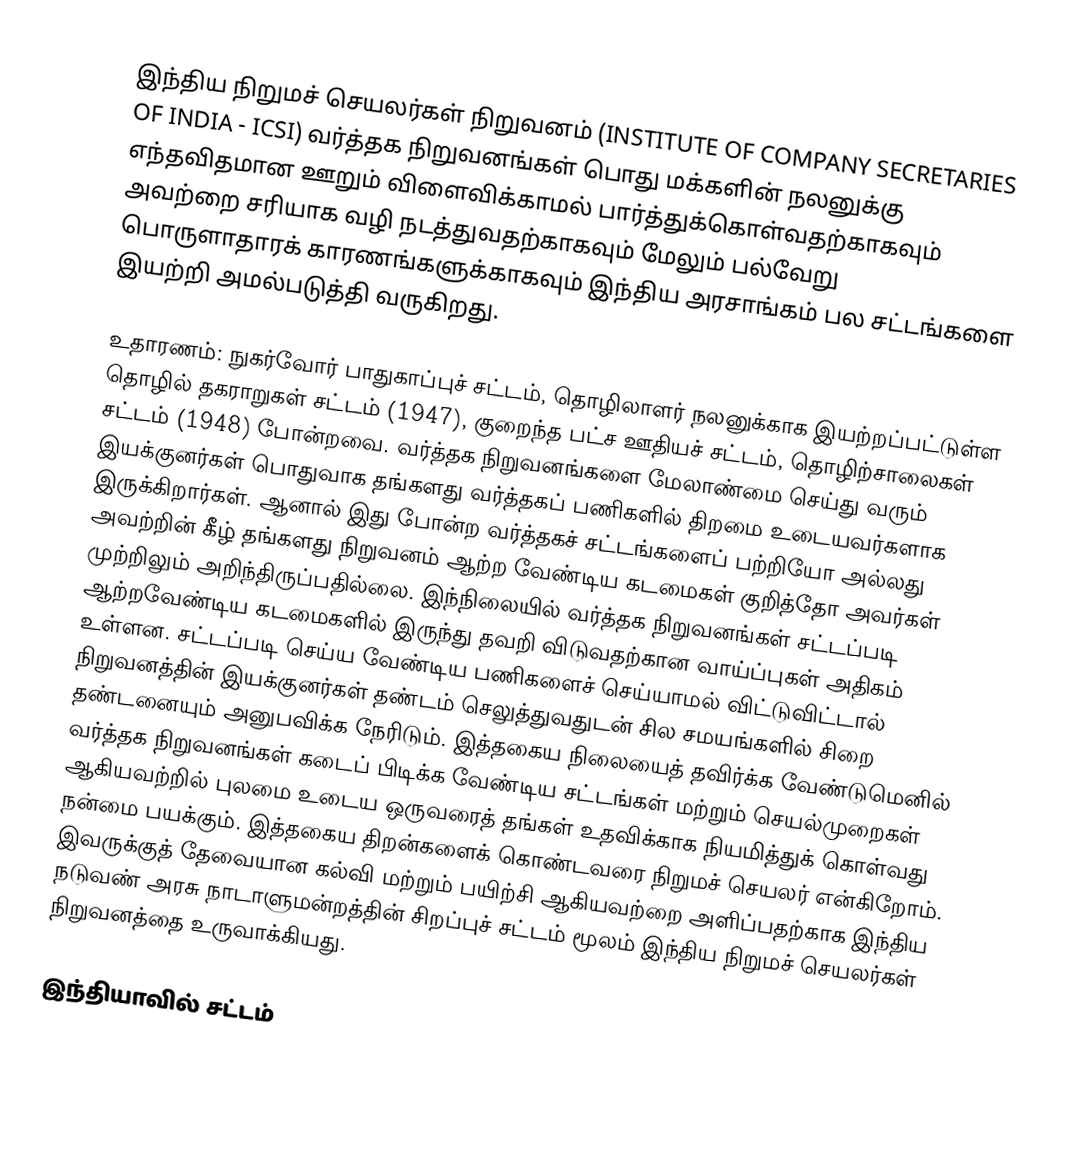
இந்திய நிறுமச் செயலர்கள் நிறுவனம் (INSTITUTE OF COMPANY SECRETARIES OF INDIA - ICSI) வர்த்தக நிறுவனங்கள் பொது மக்களின் நலனுக்கு எந்தவிதமான ஊறும் விளைவிக்காமல் பார்த்துக்கொள்வதற்காகவும் அவற்றை சரியாக வழி நடத்துவதற்காகவும் மேலும் பல்வேறு பொருளாதாரக் காரணங்களுக்காகவும் இந்திய அரசாங்கம் பல சட்டங்களை இயற்றி அமல்படுத்தி வருகிறது.

உதாரணம்: நுகர்வோர் பாதுகாப்புச் சட்டம், தொழிலாளர் நலனுக்காக இயற்றப்பட்டுள்ள தொழில் தகராறுகள் சட்டம் (1947), குறைந்த பட்ச ஊதியச் சட்டம், தொழிற்சாலைகள் சட்டம் (1948) போன்றவை. வர்த்தக நிறுவனங்களை மேலாண்மை செய்து வரும் இயக்குனர்கள் பொதுவாக தங்களது வர்த்தகப் பணிகளில் திறமை உடையவர்களாக இருக்கிறார்கள். ஆனால் இது போன்ற வர்த்தகச் சட்டங்களைப் பற்றியோ அல்லது அவற்றின் கீழ் தங்களது நிறுவனம் ஆற்ற வேண்டிய கடமைகள் குறித்தோ அவர்கள் முற்றிலும் அறிந்திருப்பதில்லை. இந்நிலையில் வர்த்தக நிறுவனங்கள் சட்டப்படி ஆற்றவேண்டிய கடமைகளில் இருந்து தவறி விடுவதற்கான வாய்ப்புகள் அதிகம் உள்ளன. சட்டப்படி செய்ய வேண்டிய பணிகளைச் செய்யாமல் விட்டுவிட்டால் நிறுவனத்தின் இயக்குனர்கள் தண்டம் செலுத்துவதுடன் சில சமயங்களில் சிறை தண்டனையும் அனுபவிக்க நேரிடும். இத்தகைய நிலையைத் தவிர்க்க வேண்டுமெனில் வர்த்தக நிறுவனங்கள் கடைப் பிடிக்க வேண்டிய சட்டங்கள் மற்றும் செயல்முறைகள் ஆகியவற்றில் புலமை உடைய ஒருவரைத் தங்கள் உதவிக்காக நியமித்துக் கொள்வது நன்மை பயக்கும். இத்தகைய திறன்களைக் கொண்டவரை நிறுமச் செயலர் என்கிறோம். இவருக்குத் தேவையான கல்வி மற்றும் பயிற்சி ஆகியவற்றை அளிப்பதற்காக இந்திய நடுவண் அரசு நாடாளுமன்றத்தின் சிறப்புச் சட்டம் மூலம் இந்திய நிறுமச் செயலர்கள் நிறுவனத்தை உருவாக்கியது.

இந்தியாவில் சட்டம்